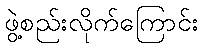
ဖွဲ့စည်းလိုက်ကြောင်း